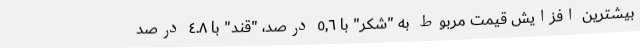
بیشترین افزایش قیمت مربوط به "شکر" با ٥,٦ درصد، "قند" با ٤.٨ درصد